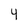
Character: 4